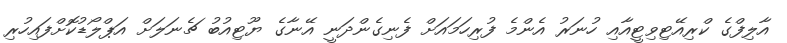
އާލިފްގެ ކްރިއޭޓިވިޓީއާއި ހުނަރު އެންމެ ފުރިހަމައަށް ފެނިގެންދަނީ އޭނާގެ ޔޫޓިއުބު ޗެނަލަށް އަޕްލޯޑުކޮށްފައިހުރި